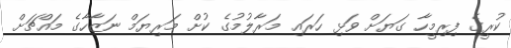
ކުރީގެ ފިރިމީހާ ގަޔަށް ވަޅި ހަރައި މަރާލުމުގެ ކުށް މަރިޔަމް ނަޒާހާގެ މައްޗަށް